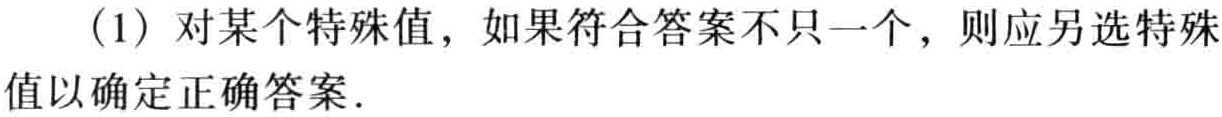
（1）对某个特殊值，如果符合答案不只一个，则应另选特殊值以确定正确答案.